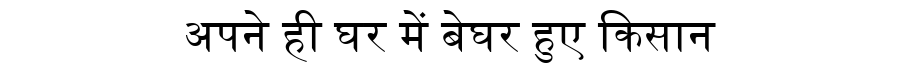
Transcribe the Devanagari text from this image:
अपने ही घर में बेघर हुए किसान